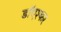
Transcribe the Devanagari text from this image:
डाॅएश्कर